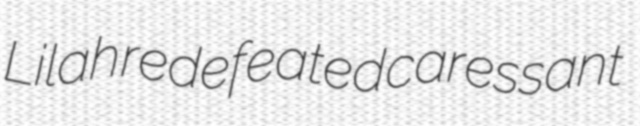
Lilah redefeated caressant